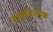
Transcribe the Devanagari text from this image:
स्वकुलतारक